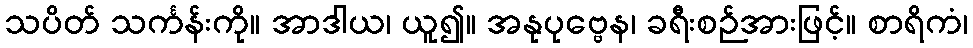
သပိတ် သင်္ကန်းကို။ အာဒါယ၊ ယူ၍။ အနုပုဗ္ဗေန၊ ခရီးစဉ်အားဖြင့်။ စာရိကံ၊